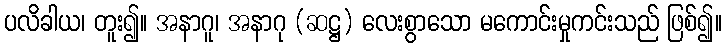
ပလိခါယ၊ တူး၍။ အနာဂူ၊ အနာဂု (ဆဋ္ဌ) လေးစွာသော မကောင်းမှုကင်းသည် ဖြစ်၍။